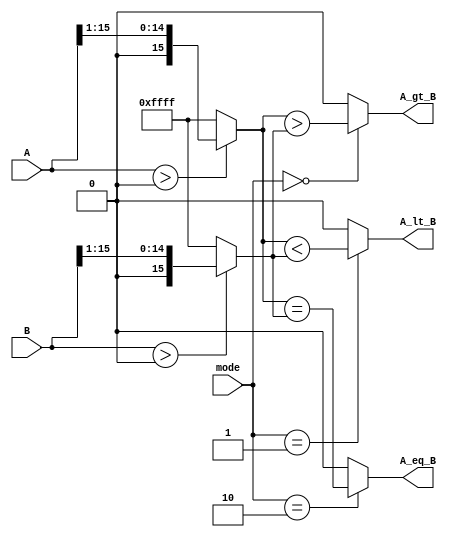
module logarithmic_comparator (
    input wire [15:0] A,          // Input A
    input wire [15:0] B,          // Input B
    input wire [1:0] mode,        // Control signal: 00 for A > B, 01 for A < B, 10 for A = B
    output reg A_gt_B,            // A > B signal
    output reg A_lt_B,            // A < B signal
    output reg A_eq_B             // A = B signal
);

// Simplified logarithmic conversion: 
// In practice, you will need a proper logarithm function or approximation method.
function [15:0] log_transform;
    input [15:0] value;
    begin
        // This is a placeholder for logarithmic function approximation
        // Example: log_transform(value) returns a simple shifted value
        log_transform = (value > 0) ? (value >> 1) : 16'hFFFF; // Simple halving for demonstration
    end
endfunction

// Internal registers for logarithmic values
reg [15:0] log_A;
reg [15:0] log_B;

// Comparison process
always @* begin
    // Logarithmic conversion
    log_A = log_transform(A);
    log_B = log_transform(B);
    
    // Reset outputs
    A_gt_B = 0;
    A_lt_B = 0;
    A_eq_B = 0;

    // Comparator logic based on mode
    case (mode)
        2'b00: // Greater than comparison
            A_gt_B = (log_A > log_B);
        2'b01: // Less than comparison
            A_lt_B = (log_A < log_B);
        2'b10: // Equal comparison
            A_eq_B = (log_A == log_B);
        default: begin
            A_gt_B = 0;
            A_lt_B = 0;
            A_eq_B = 0;
        end
    endcase
end

endmodule